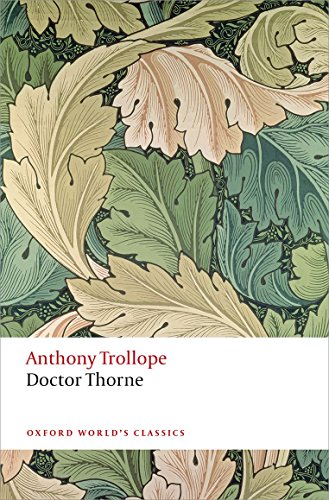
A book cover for Doctor Thorne (Oxford World's Classics); Anthony Trollope; Literature & Fiction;